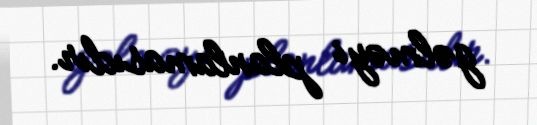
gəlməyi planlamasıdır.